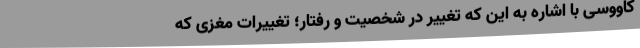
کاووسی با اشاره به این که تغییر در شخصیت و رفتار؛ تغییرات مغزی که